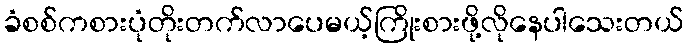
ခံစစ်ကစားပုံတိုးတက်လာပေမယ့်ကြိုးစားဖို့လိုနေပါသေးတယ်